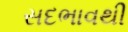
સદભાવથી